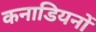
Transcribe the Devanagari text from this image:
कनाडियनों